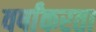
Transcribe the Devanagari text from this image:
वर्षांकरता